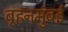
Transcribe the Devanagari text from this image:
बृहनमुंबई